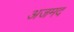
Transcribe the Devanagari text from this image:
अजमद